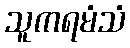
သူကရမံသံ